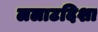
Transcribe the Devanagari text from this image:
ललाटदिशा